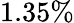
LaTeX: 1.35\%